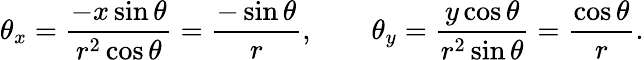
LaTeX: \theta_{x}=\frac{-x\sin\theta}{r^{2}\cos\theta}=\frac{-\sin\theta}{r},\qquad\theta_{y}=\frac{y\cos\theta}{r^{2}\sin\theta}=\frac{\cos\theta}{r}.